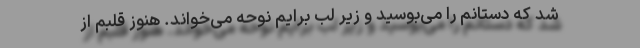
شد که دستانم را می‌بوسید و زیر لب برایم نوحه می‌خواند. هنوز قلبم از